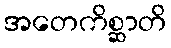
အတေကိစ္ဆာတိ